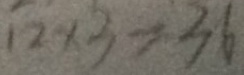
1 2 \times 3 = 3 6